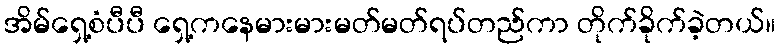
အိမ်ရှေ့စံပီပီ ရှေ့ကနေမားမားမတ်မတ်ရပ်တည်ကာ တိုက်ခိုက်ခဲ့တယ်။